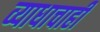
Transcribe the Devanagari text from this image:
व्याधाचाही